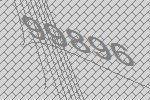
99896